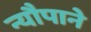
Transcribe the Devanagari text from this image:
न्यौपाने